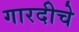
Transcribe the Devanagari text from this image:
गारदीचे